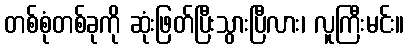
တစ်စုံတစ်ခုကို ဆုံးဖြတ်ပြီးသွားပြီလား၊ လူကြီးမင်း။